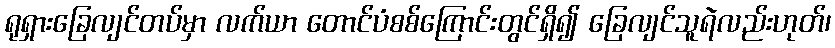
ရုရှားခြေလျင်တပ်မှာ လက်ယာ တောင်ပံစစ်ကြောင်းတွင်ရှိ၍ ခြေလျင်သူရဲလည်းဟုတ်၊